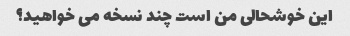
این خوشحالی من است چند نسخه می خواهید؟